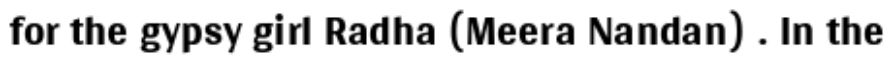
for the gypsy girl Radha (Meera Nandan) . In the